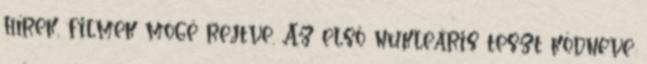
hírek, filmek mögé rejtve. Az első nukleáris teszt kódneve